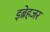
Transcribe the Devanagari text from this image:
इब्रेहजर